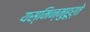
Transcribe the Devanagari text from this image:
यस्मिन्मुहूर्ते